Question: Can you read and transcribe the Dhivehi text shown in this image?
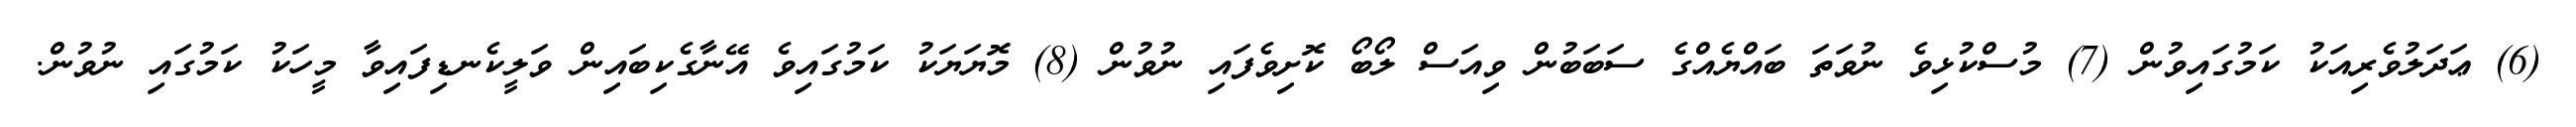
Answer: (6) ޢަދަލުވެރިއަކު ކަމުގައިވުން (7) މުސްކުޅިވެ ނުވަތަ ބައްޔެއްގެ ސަބަބުން ވިއަސް ލޯބޯ ކޮށިވެފައި ނުވުން (8) މޮޔަޔަކު ކަމުގައިވެ އޭނާގެކިބައިން ވަލީކެނޑިފައިވާ މީހަކު ކަމުގައި ނުވުން.